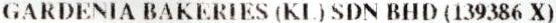
GARDENIA BAKERIES (KL) SDN BHD (139386 X)